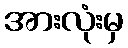
အားလုံးမှ